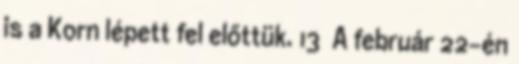
is a Korn lépett fel előttük. 13 A február 22-én